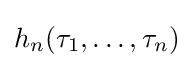
h_{n}(\tau _{1},\dots ,\tau _{n})